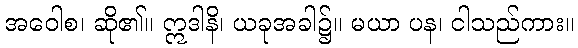
အဝေါစ၊ ဆို၏။ ဣဒါနိ၊ ယခုအခါ၌။ မယာ ပန၊ ငါသည်ကား။